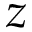
z